Source: Handwritten
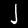
Digit: ၂ (2)